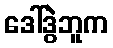
ဒေါ်ဒွဲဘူက